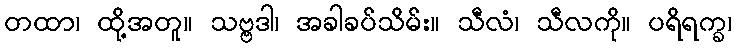
တထာ၊ ထို့အတူ။ သဗ္ဗဒါ၊ အခါခပ်သိမ်း။ သီလံ၊ သီလကို။ ပရိရက္ခ၊